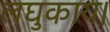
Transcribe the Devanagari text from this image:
लघुकाय।